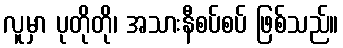
လူမှာ ပုတိုတို၊ အသားနီစပ်စပ် ဖြစ်သည်။